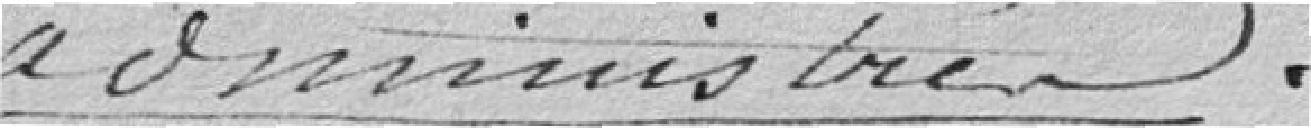
administration.